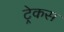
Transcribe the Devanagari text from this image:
ट्रेकस